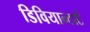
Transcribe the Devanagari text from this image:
डिवियान्टार्ट